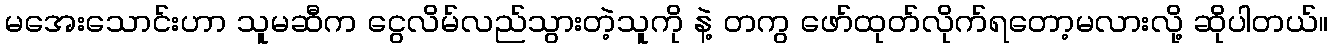
မအေးသောင်းဟာ သူမဆီက ငွေလိမ်လည်သွားတဲ့သူကို နဲ့ တကွ ဖော်ထုတ်လိုက်ရတော့မလားလို့ ဆိုပါတယ်။